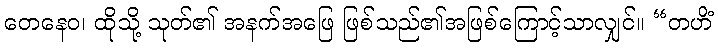
တေနေဝ၊ ထိုသို့ သုတ်၏ အနက်အဖြေ ဖြစ်သည်၏အဖြစ်ကြောင့်သာလျှင်။ “တဟိံ